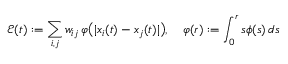
\mathcal { E } ( t ) : = \sum _ { i , j } w _ { i j } \, \varphi \big ( | x _ { i } ( t ) - x _ { j } ( t ) | \big ) , \quad \varphi ( r ) : = \int _ { 0 } ^ { r } s \phi ( s ) \, d s